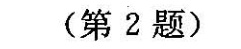
(第2题)